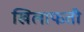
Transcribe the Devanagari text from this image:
खिलाफती